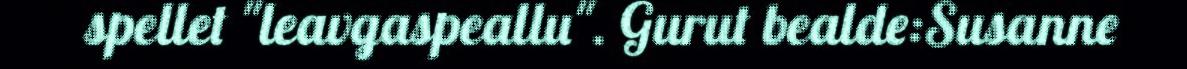
spellet "leavgaspeallu". Gurut bealde:Susanne